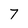
Character: 7